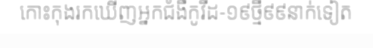
កោះកុងរកឃើញអ្នកជំងឺកូវីដ-១៩ថ្មី៩៩នាក់ទៀត